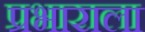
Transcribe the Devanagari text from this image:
प्रभाराला